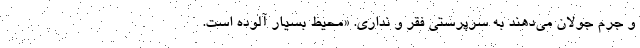
و جرم جولان می‌دهند به سرپرستی فقر و نداری. «محیط بسیار آلوده است.